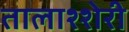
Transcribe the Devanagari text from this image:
तालाश्शेरी